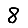
Digit: 8